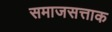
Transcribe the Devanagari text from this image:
समाजसत्ताक